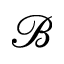
\mathcal { B }